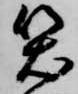
笑